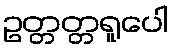
ဥတ္တတ္တရူပေါ